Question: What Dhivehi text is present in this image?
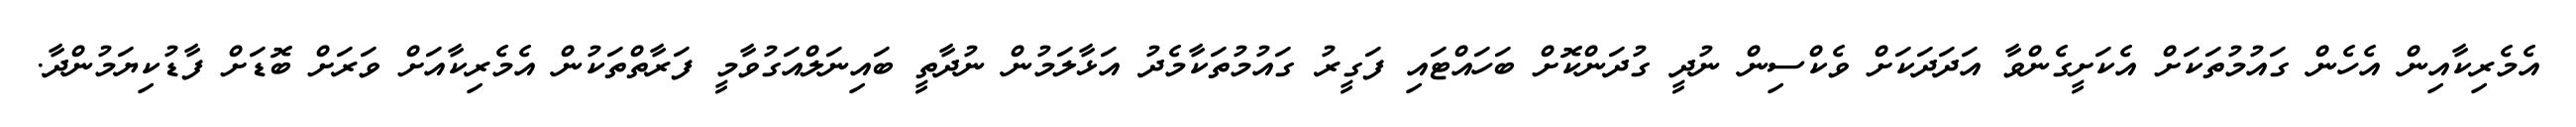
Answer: އެމެރިކާއިން އެހެން ގައުމުތަކަށް އެކަށީގެންވާ އަދަދަކަށް ވެކްސިން ނުދީ ގުދަންކޮށް ބަހައްޓައި ފަގީރު ގައުމުތަކާމެދު އަޅާލަމުން ނުދާތީ ބައިނަލްއަގުވާމީ ފަރާތްތަކުން އެމެރިކާއަށް ވަރަށް ބޮޑަށް ފާޑުކިޔަމުންދާ.